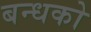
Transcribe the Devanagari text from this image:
बन्धको